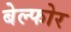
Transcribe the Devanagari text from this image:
बेल्फोर